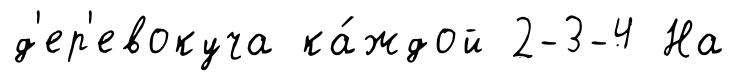
д'ер'евокуча ка́ждой 2-3-4 На